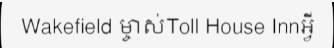
Wakefield ម្ចាស់Toll House Innអ្វី